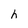
Character: h